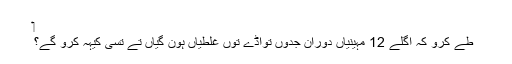
‏
طے کرو کہ اگلے 12 مہینیاں دوران جدوں تواڈے توں غلطیاں ہون گیاں تے تُسی کیہہ کرو گے؟